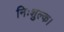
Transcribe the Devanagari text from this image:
निःशुल्क।